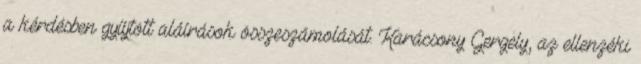
a kérdésben gyűjtött aláírások összeszámolását. Karácsony Gergely, az ellenzéki